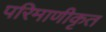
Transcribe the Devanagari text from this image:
परिमाणीकृत